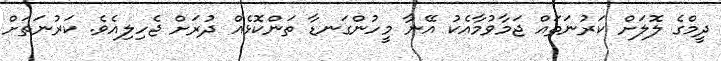
ދީމްގެ ލޮލަށް ކަރުނަތައް ޖަމާވުމާއެކު އޭނާ މީހުންގަނޑާ ތަންކޮޅެއް ދުރަށް ޖެހިލިއެވެ. ކަރުނަތަށް